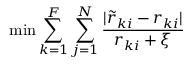
\operatorname* { m i n } \sum _ { k = 1 } ^ { F } \sum _ { j = 1 } ^ { N } \frac { | \tilde { r } _ { k i } - r _ { k i } | } { r _ { k i } + \xi }